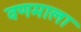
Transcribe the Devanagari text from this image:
वणमाला